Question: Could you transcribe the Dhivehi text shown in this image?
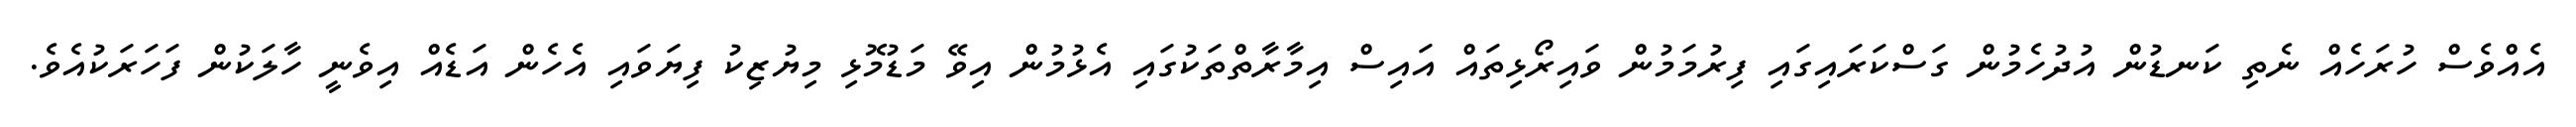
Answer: އެއްވެސް ހުރަހެއް ނެތި ކަނޑުން އުދުހެމުން ގަސްކަރައިގައި ފިރުމަމުން ވައިރޯޅިތައް އައިސް އިމާރާތްތަކުގައި އެޅުމުން އިވޭ މަޑުމޮޅި މިޔުޒިކު ފިޔަވައި އެހެން އަޑެއް އިވެނީ ހާލަކުން ފަހަރަކުއެވެ.